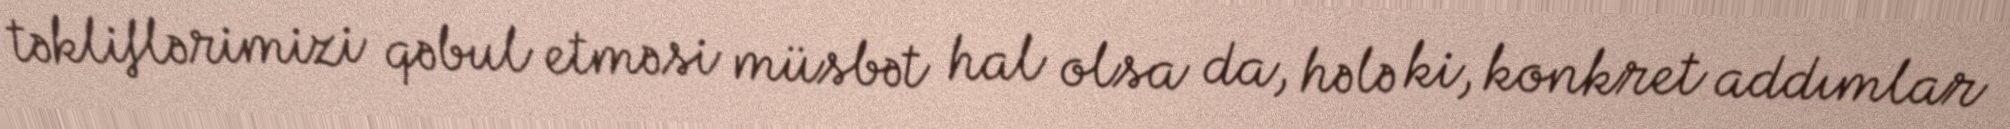
təkliflərimizi qəbul etməsi müsbət hal olsa da, hələ ki, konkret addımlar